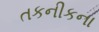
તકનીકના